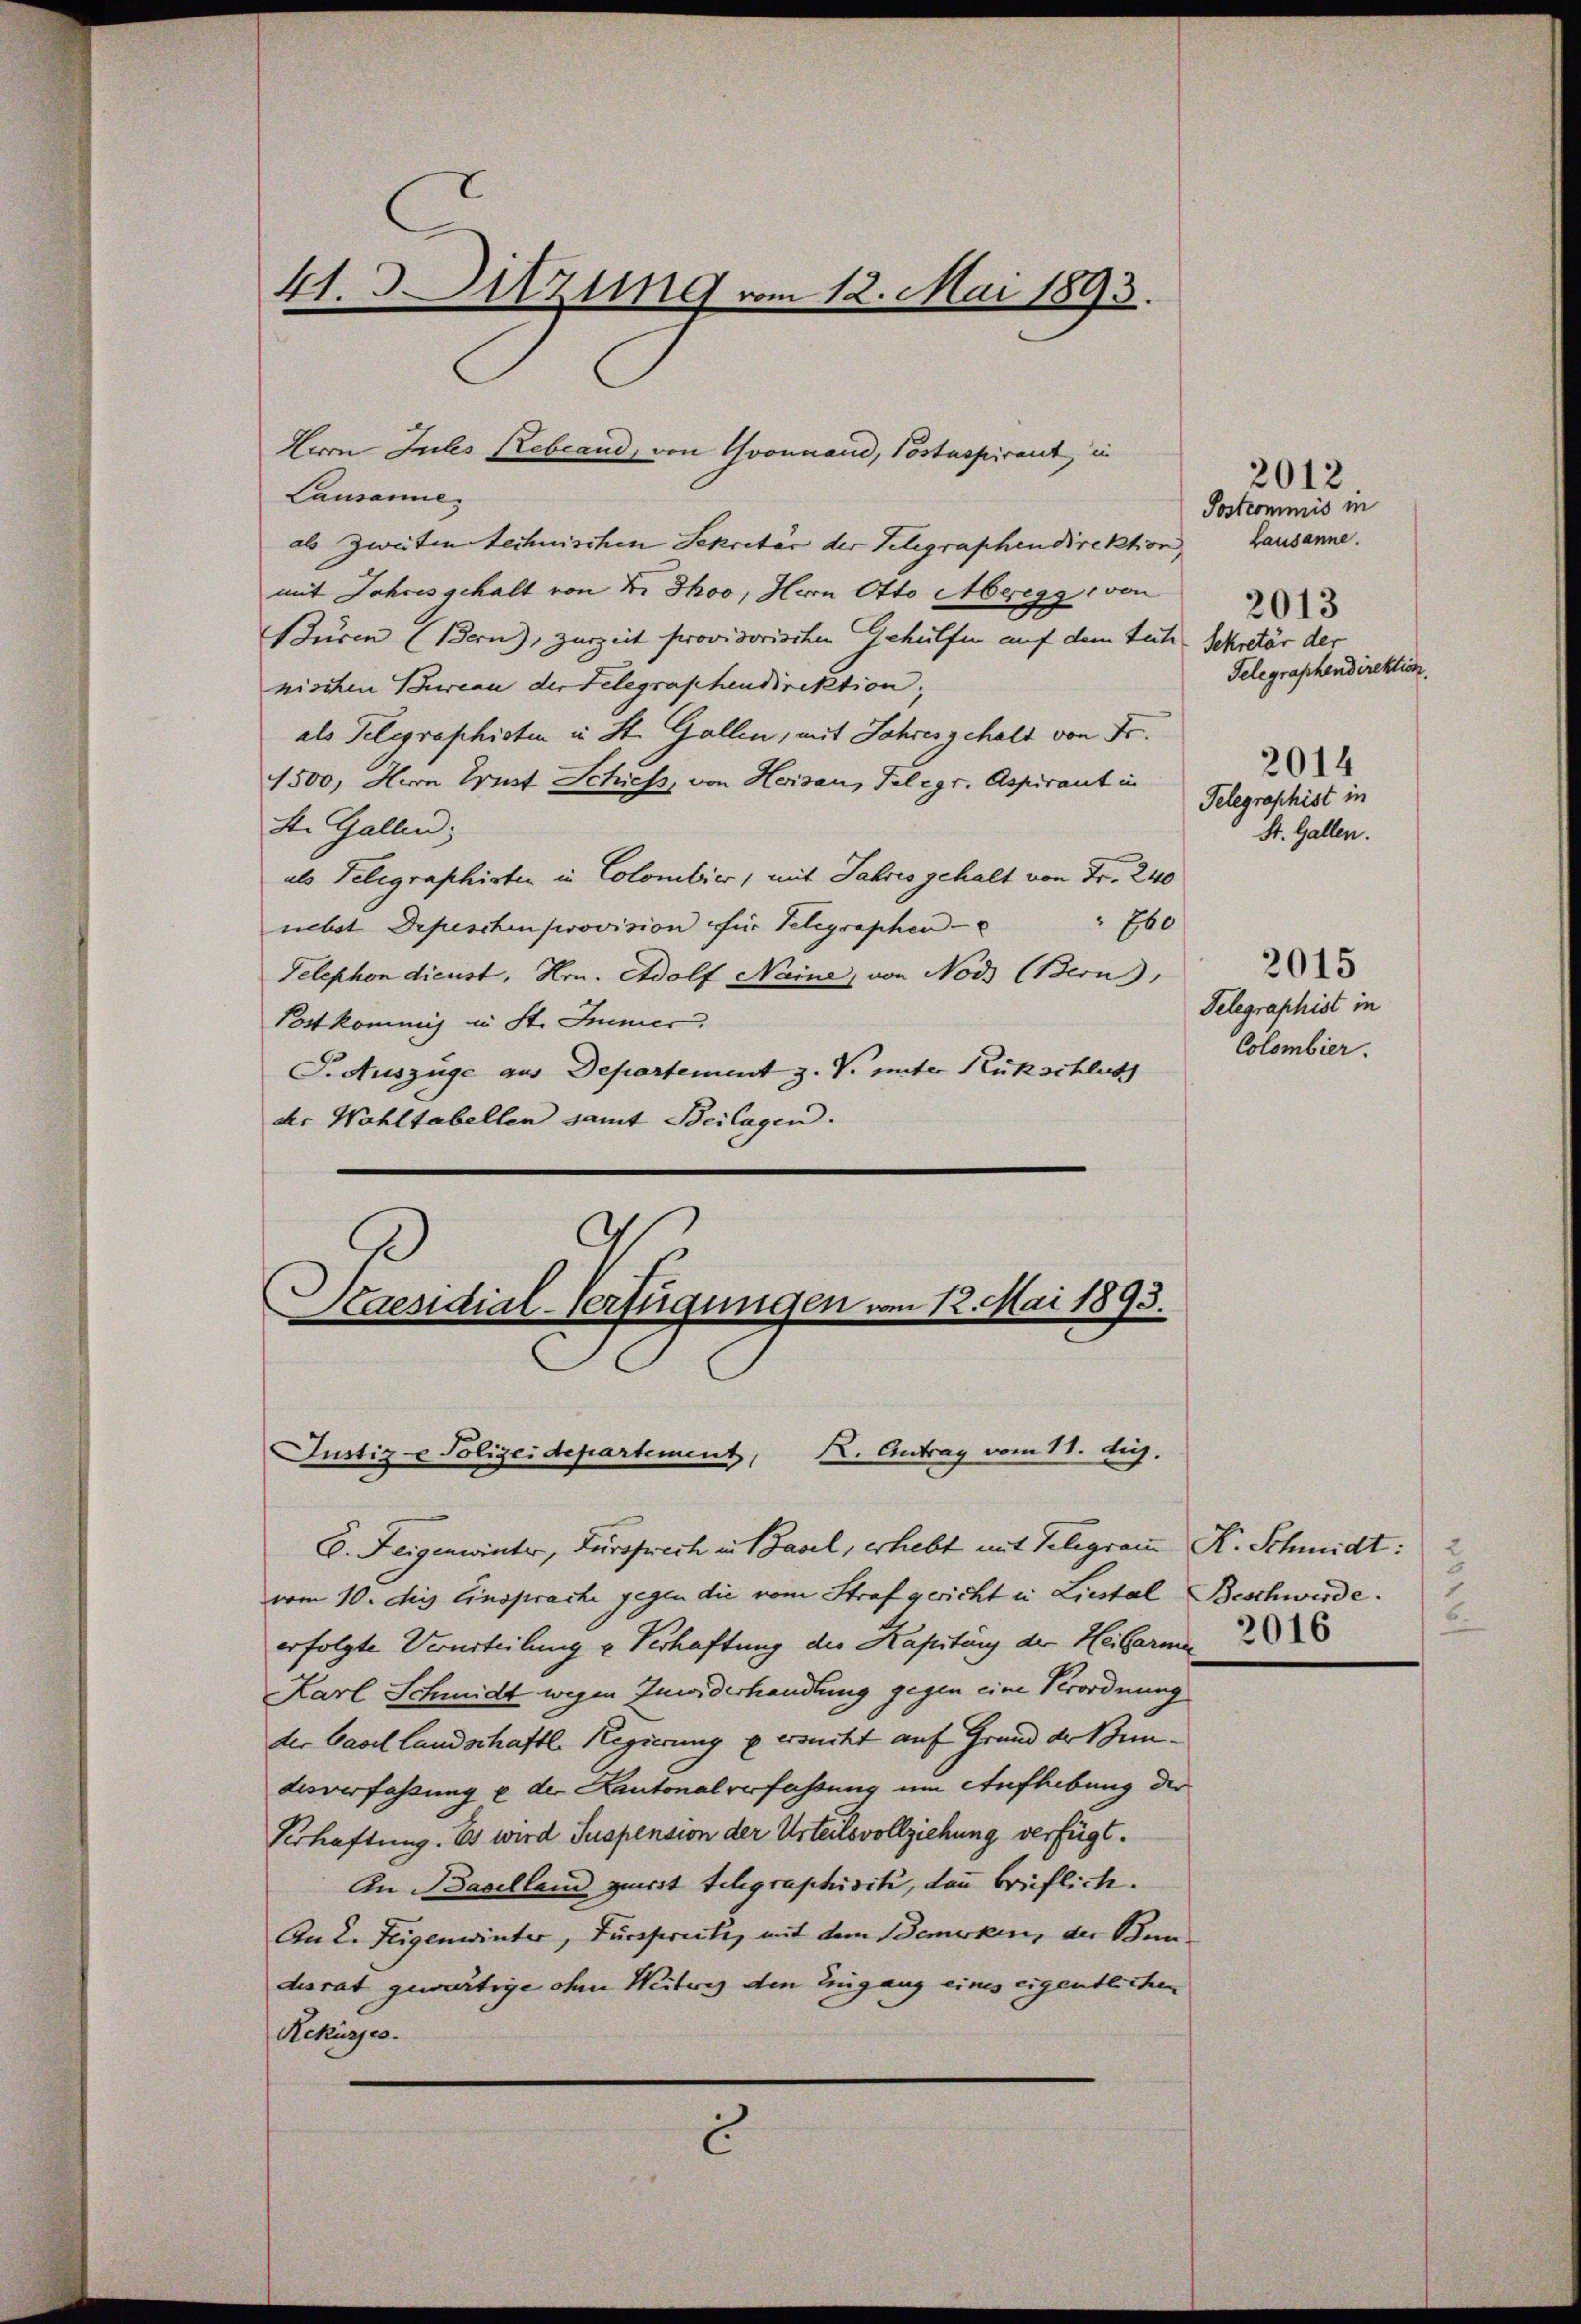
41.3 Ditzung vom 12. Mai 1893.

Herrn Jules Rebland, von Yvonnaud, Postspirant, in
Lausanne
als Zweiten technischen Sekretär der Telegraphendirektion, Lausanne.
mit Jahres gehalt von Dr. Thoo, Herrn Otto Meregg von
Büren (dern, zurzeit provisorischen Gehülfen auf dem Seite Sekretär der
nischen Bureau der Telegraphendirektion,
als Telegraphisten in St. Gallen, mit Jahres gehalt von Fr.
1500, Hern Ernst Schiess, von Herisau, Telegr. Aspirant in
St. Gallen;
als Telegraphirten in Colombier, mit Jahres gehalt von Fr. 240
160
nebst Depeschen provision für Telegraphen
Telephon dienst, Hrn. Adolf Naine, von Nods (Bern,
Postkommis in St. Immer
S. Auszüge aus Departement z. V. unter Rückschlich
der Wohltabellen samt Beilagen.

Kaesidial-Verfügungen vom 12. Mai 1893.
K. Antrag vom 11. d.
Justiz- & Polizeidepartement,

E. Feigenwinter, Fürsprech in Basel, erhebt mit Telegram K. Schmidt: 2
vom 10. dies Einsprache gegen die vom Straf gericht in Liestal Beschwerde.
erfolgte Verurteilung u Verhaftung des Kapitang der Heibarma
Karl Schmidt wegen Zuwiderhandlung gegen eine Verordnung
der Basel Landschaftl. Regierung u ersucht auf Grund der Bedesverfassung u der Kantonalverfassung um Aufhebung der
Verhaftung. Es wird Suspension der Urteilsvollziehung verfügt.
An Baselland zuerst telegraphisiti, dann brieflich.
An 2. Feigenwinter, Fürspreche, mit dem Bemerken, der Bun
desrat gewärtige ohne Weitere den Zugang eines eigentlichen
Rekurses.
c

2012
Postcommis in
2013
Telegraphendirektion.
2014
Telegraphist in
St. Gallen.

Telegraphist in
Colombier.

2015